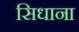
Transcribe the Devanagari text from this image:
सिधाना